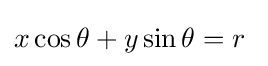
x\cos \theta +y\sin \theta =r\